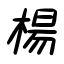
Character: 楊